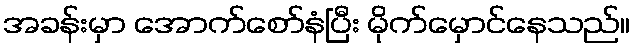
အခန်းမှာ အောက်စော်နံပြီး မိုက်မှောင်နေသည်။